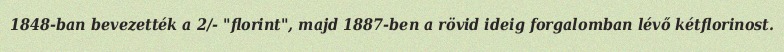
1848-ban bevezették a 2/- "florint", majd 1887-ben a rövid ideig forgalomban lévő kétflorinost.